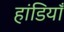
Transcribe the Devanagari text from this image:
हांडियाँ